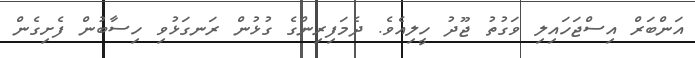
އަންބަރް އިސްޖަހައިލި ވަގުތު ޖޫދު ހީލިއެވެ. ދެމަފިރިންގެ ގުޅުން ރަނގަޅުވި ހިސާބުން ފެށިގެން